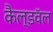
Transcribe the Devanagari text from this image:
कैल्डवॅल